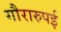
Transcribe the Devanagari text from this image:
गौरारुपई